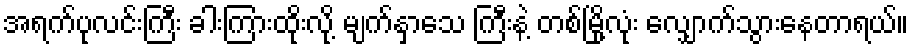
အရက်ပုလင်းကြီး ခါးကြားထိုးလို့ မျက်နှာသေ ကြီးနဲ့ တစ်မြို့လုံး လျှောက်သွားနေတာရယ်။